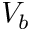
V _ { b }